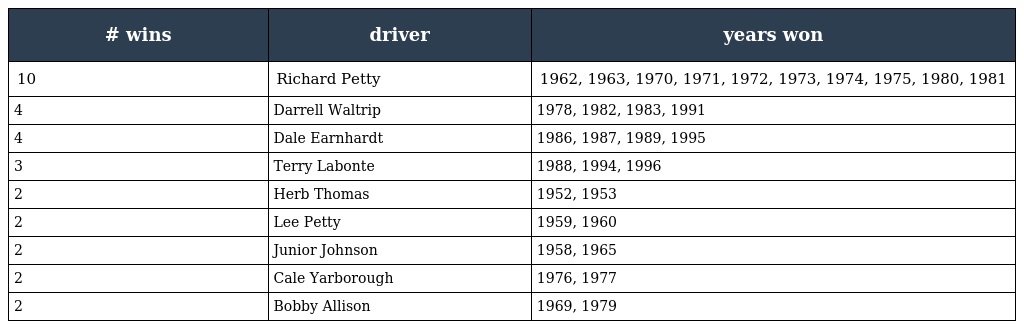
| # wins | driver | years won |
 | --- | --- | --- |
 | 10 | Richard Petty | 1962, 1963, 1970, 1971, 1972, 1973, 1974, 1975, 1980, 1981 |
 | 4 | Darrell Waltrip | 1978, 1982, 1983, 1991 |
 | 4 | Dale Earnhardt | 1986, 1987, 1989, 1995 |
 | 3 | Terry Labonte | 1988, 1994, 1996 |
 | 2 | Herb Thomas | 1952, 1953 |
 | 2 | Lee Petty | 1959, 1960 |
 | 2 | Junior Johnson | 1958, 1965 |
 | 2 | Cale Yarborough | 1976, 1977 |
 | 2 | Bobby Allison | 1969, 1979 |